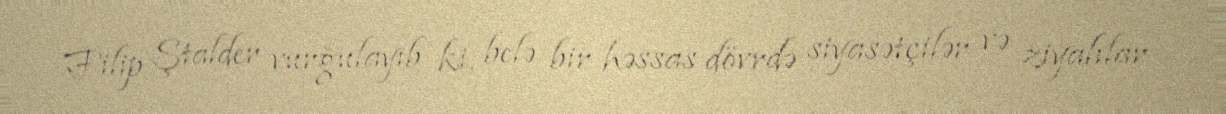
Filip Ştalder vurğulayıb ki, belə bir həssas dövrdə siyasətçilər və ziyalılar